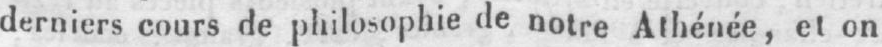
derniers cours de philosophie de notre Athénée, et on